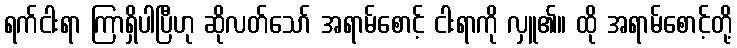
ရက်ငါးရာ ကြာရှိပါပြီဟု ဆိုလတ်သော် အရာမ်စောင့် ငါးရာကို လှူ၏။ ထို အရာမ်စောင့်တို့